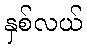
နှစ်လယ်